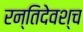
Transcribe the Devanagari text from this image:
रन्तिदेवश्च